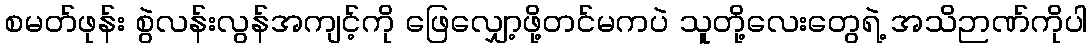
စမတ်ဖုန်း စွဲလန်းလွန်အကျင့်ကို ဖြေလျှော့ဖို့တင်မကပဲ သူတို့လေးတွေရဲ့ အသိဉာဏ်ကိုပါ